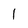
Character: l